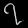
Digit: ၇